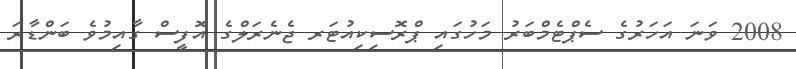
2008 ވަނަ އަހަރުގެ ސެޕްޓެމްބަރު މަހުގައި ޕްރޮސިކިއުޓަރ ޖެނެރަލްގެ އޮފީސް ގާއިމުވެ ބަންޑާރަ